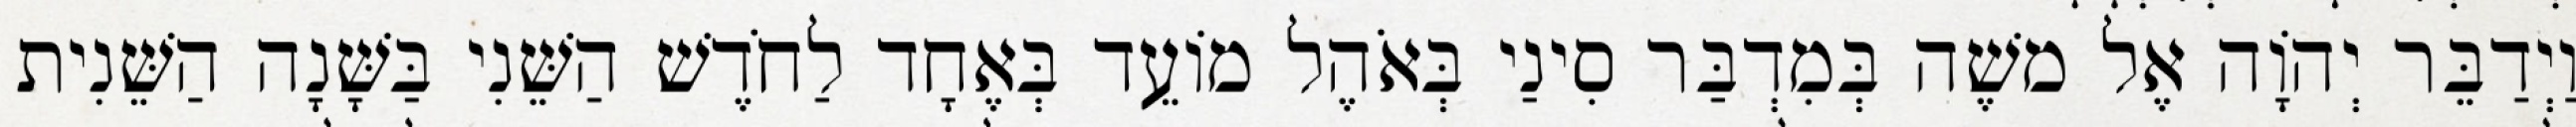
וַיְדַבֵּר יְהוָֹה אֶל משֶׁה בְּמִדְבַּר סִינַי בְּאֹהֶל מוֹעֵד בְּאֶחָד לַחֹדֶשׁ הַשֵּׁנִי בַּשָּׁנָה הַשֵּׁנִית